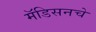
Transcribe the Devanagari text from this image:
मॅडिसनचे